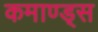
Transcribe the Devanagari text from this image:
कमाण्ड्स